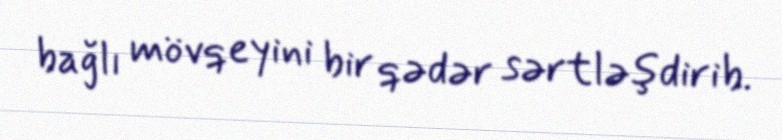
bağlı mövqeyini bir qədər sərtləşdirib.